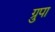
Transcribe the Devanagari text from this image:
ग्रुपा